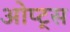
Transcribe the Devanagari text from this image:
ओप्ट्स